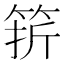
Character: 䇽